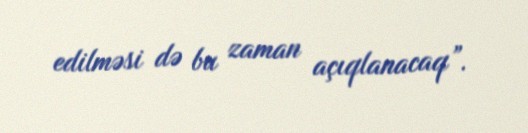
edilməsi də bu zaman açıqlanacaq”.